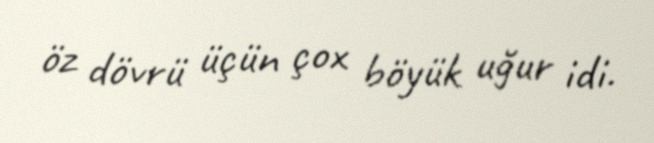
öz dövrü üçün çox böyük uğur idi.